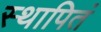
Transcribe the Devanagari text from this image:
स्थापितं